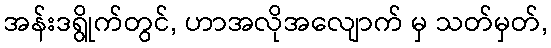
အန်းဒရွိုက်တွင်, ဟာအလိုအလျောက် မှ သတ်မှတ်,